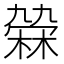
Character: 𣘑